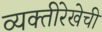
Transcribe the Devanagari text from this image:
व्यक्तीरेखेची